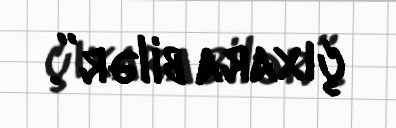
çıxara bilər”.